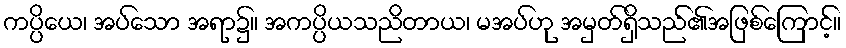
ကပ္ပိယေ၊ အပ်သော အရာ၌။ အကပ္ပိယသညိတာယ၊ မအပ်ဟု အမှတ်ရှိသည်၏အဖြစ်ကြောင့်။